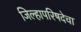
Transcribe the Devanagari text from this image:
जिल्हापरिषदेचा